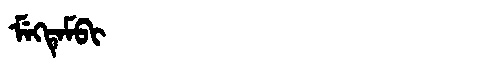
Manchu: ᠮᡝᡴᡨᡝᠮᠪᡳ
Romanization: MEKTEMBI